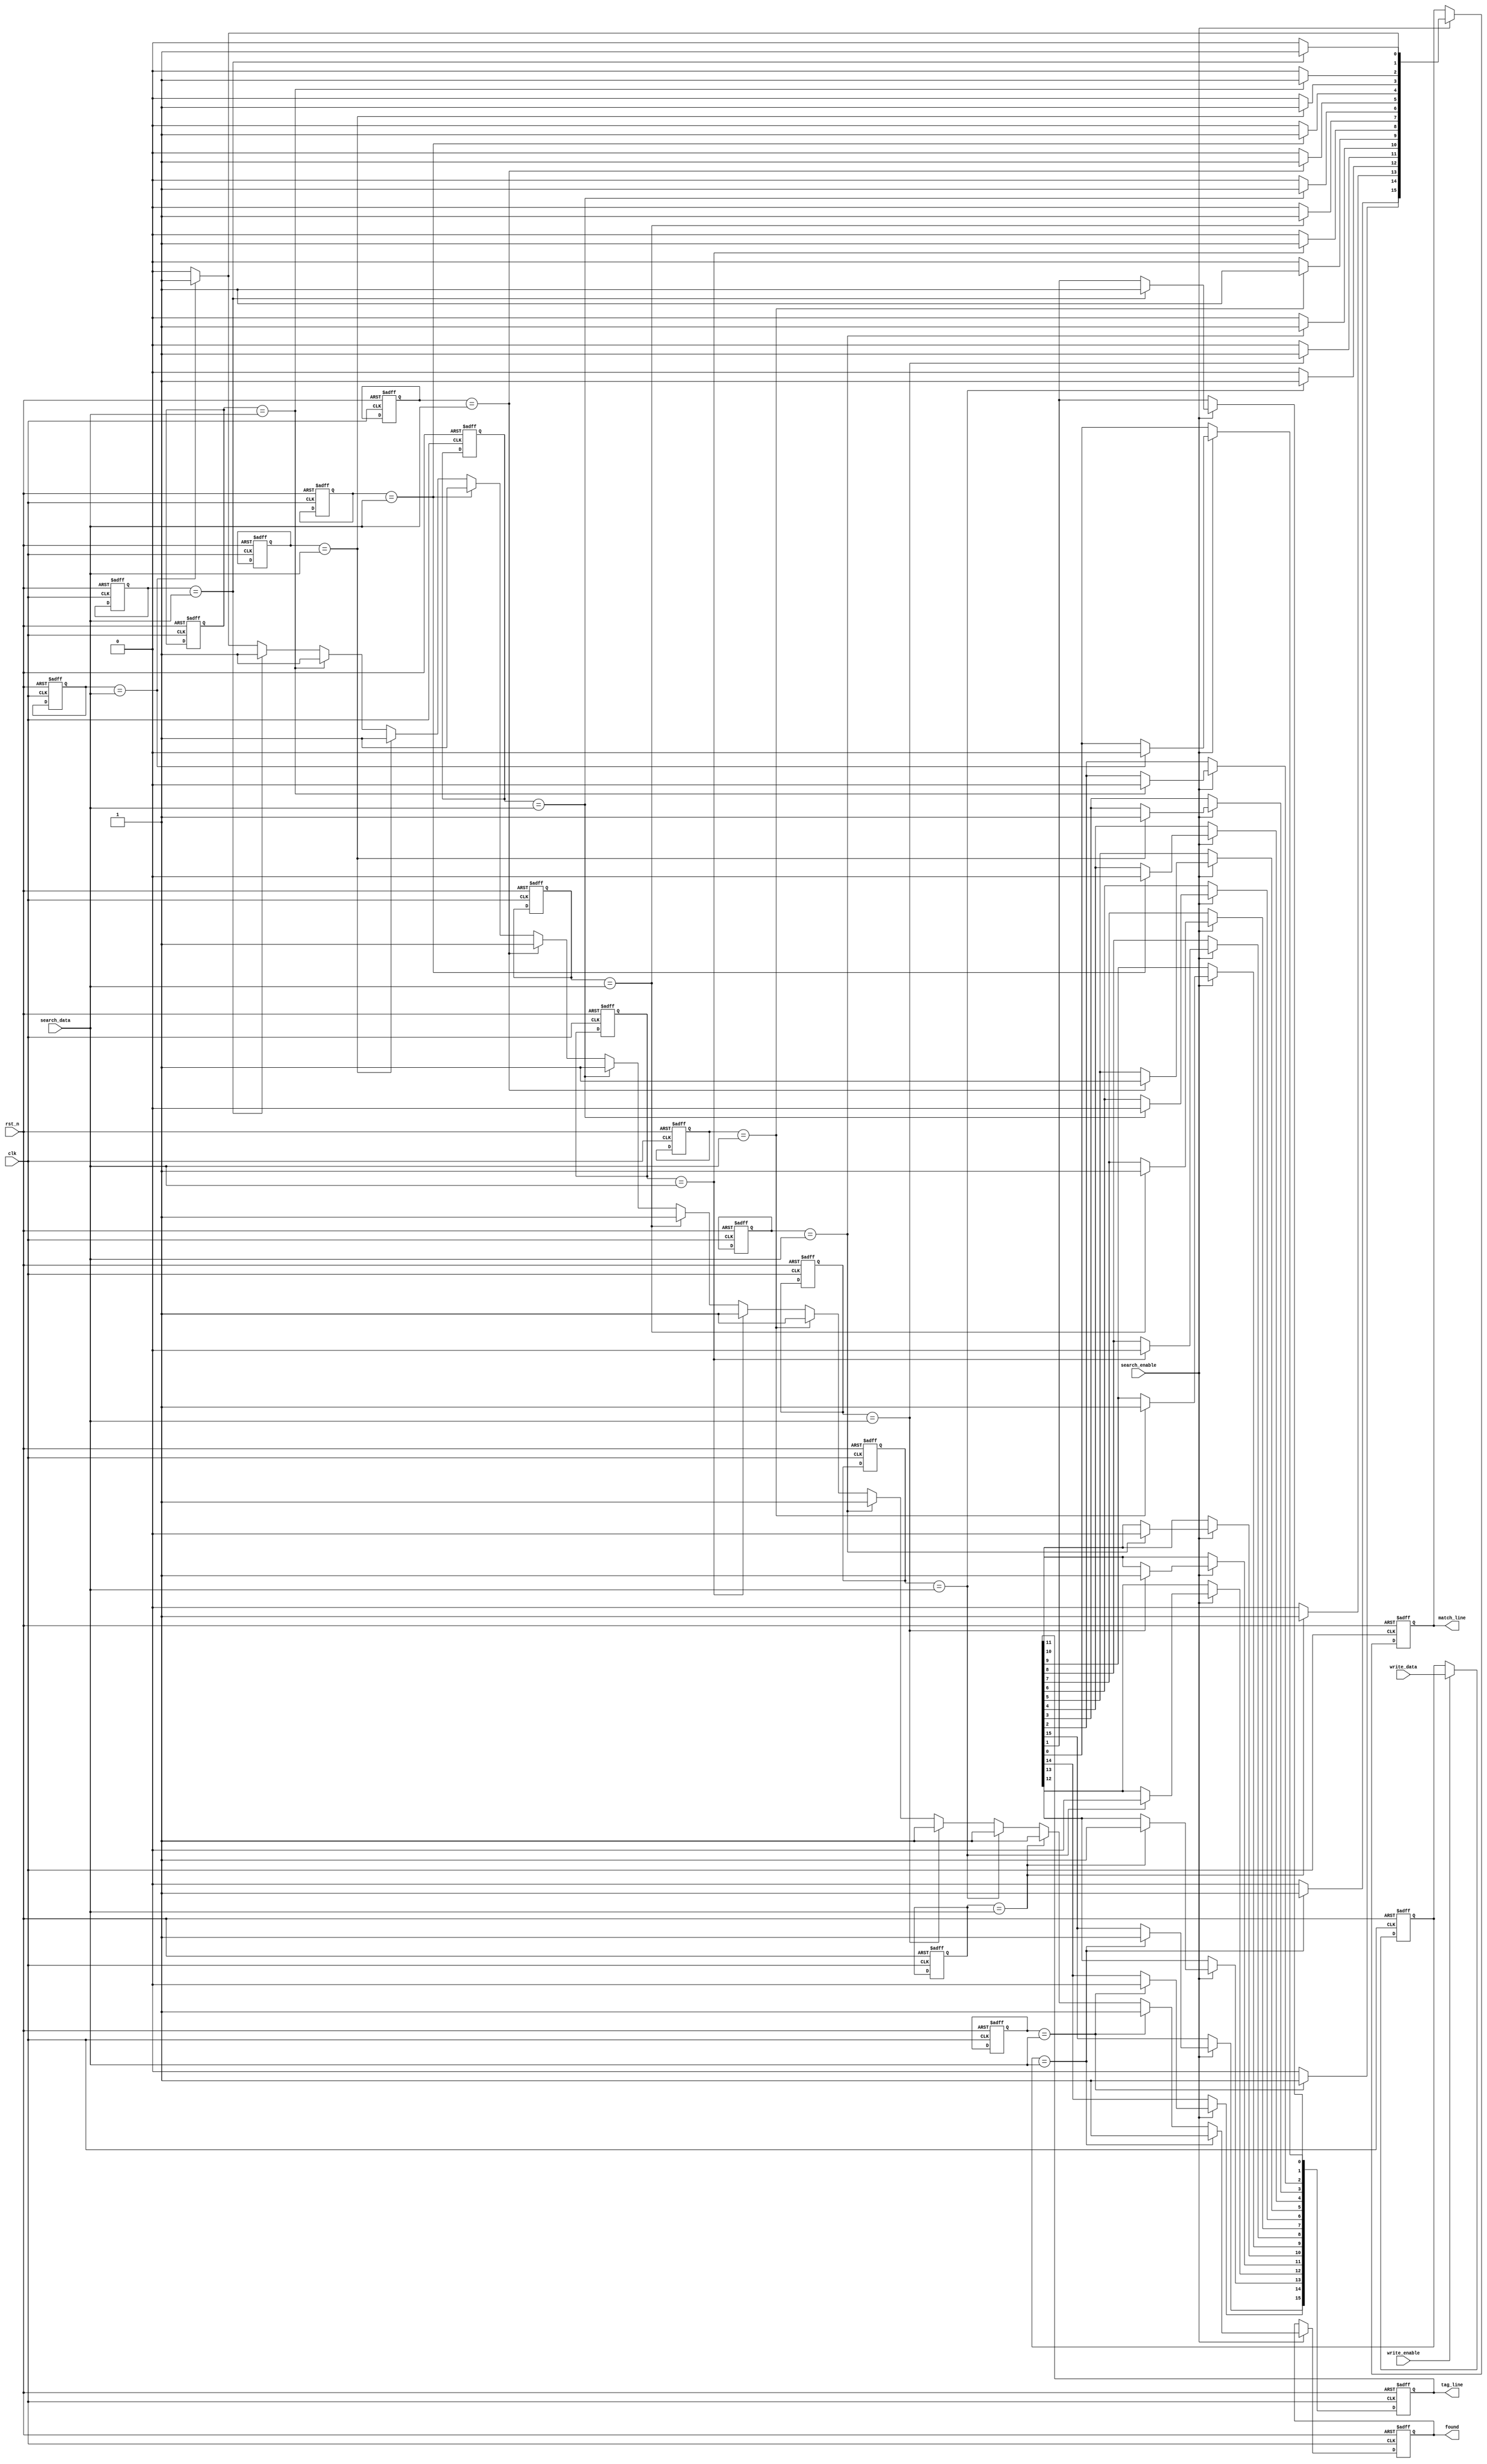
module CAM #(
    parameter DATA_WIDTH = 8,  // Width of each entry
    parameter DEPTH = 16        // Number of entries
)(
    input wire clk,
    input wire rst_n,
    input wire [DATA_WIDTH-1:0] search_data, // Data to search
    input wire [DATA_WIDTH-1:0] write_data,   // Data to write
    input wire write_enable,                    // Write enable signal
    input wire search_enable,                   // Search enable signal
    output reg [DEPTH-1:0] match_line,         // Match line output
    output reg [DEPTH-1:0] tag_line,           // Tag line output
    output reg found                            // Match found signal
);

    // Memory array
    reg [DATA_WIDTH-1:0] memory [0:DEPTH-1];

    // Internal signals
    reg [DEPTH-1:0] match_temp;
    integer i;

    // Write operation
    always @(posedge clk or negedge rst_n) begin
        if (!rst_n) begin
            // Reset memory
            for (i = 0; i < DEPTH; i = i + 1) begin
                memory[i] <= {DATA_WIDTH{1'b0}};
            end
        end else if (write_enable) begin
            // Write data to memory
            memory[DEPTH-1] <= write_data; // Example: writing to the last entry
        end
    end

    // Search operation
    always @(posedge clk or negedge rst_n) begin
        if (!rst_n) begin
            match_line <= {DEPTH{1'b0}};
            tag_line <= {DEPTH{1'b0}};
            found <= 1'b0;
        end else if (search_enable) begin
            match_temp = {DEPTH{1'b0}};
            found = 1'b0;
            for (i = 0; i < DEPTH; i = i + 1) begin
                if (memory[i] == search_data) begin
                    match_temp[i] = 1'b1; // Set match line for matched entry
                    tag_line[i] = i;      // Store the address of the matched entry
                    found = 1'b1;         // Indicate that a match was found
                end
            end
            match_line <= match_temp; // Update match line output
        end
    end

endmodule